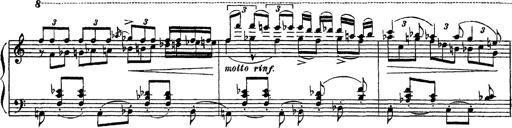
Title: Apparitions
Composer: Franz Liszt